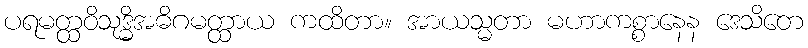
ပရမတ္ထဝိသုဒ္ဓိအဓိဂမတ္ထာယ ကထိတာ။ အာယသ္မတာ မဟာကစ္စာနေန ဒေသိတေ